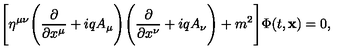
\Biggl [ \eta ^ { \mu \nu } \Biggl ( \frac { \partial } { \partial x ^ { \mu } } + i q A _ { \mu } \Biggr ) \Biggl ( \frac { \partial } { \partial x ^ { \nu } } + i q A _ { \nu } \Biggr ) + m ^ { 2 } \Biggr ] \Phi ( t , { \bf x } ) = 0 ,